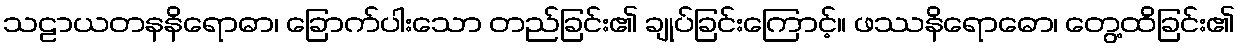
သဠာယတနနိရောဓာ၊ ခြောက်ပါးသော တည်ခြင်း၏ ချုပ်ခြင်းကြောင့်။ ဖဿနိရောဓော၊ တွေ့ထိခြင်း၏